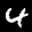
Label: 4